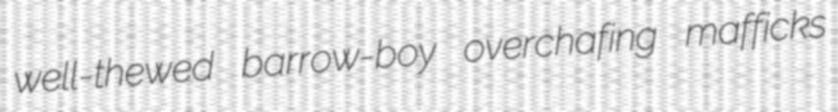
well-thewed barrow-boy overchafing mafficks